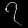
Digit: ၇